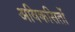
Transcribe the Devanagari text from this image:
अविकसितों